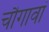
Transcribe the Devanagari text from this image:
चौगावां